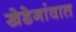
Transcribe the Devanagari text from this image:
खेडेगांवात